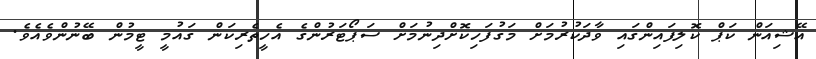
އޭޝިއަން ކަޕް ކޮލިފައިންގައި ވާދަކުރުމަށް މަގުފަހިކޮށްދިނުމަށް ސަޕޯޓަރުންގެ އެހީތެރިކަން ގައުމީ ޓީމުން ބޭނުންވެއެވެ.